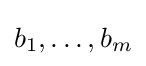
b_{1},\ldots ,b_{m}